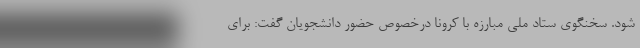
شود. سخنگوی ستاد ملی مبارزه با کرونا درخصوص حضور دانشجویان گفت: برای